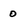
Character: 0